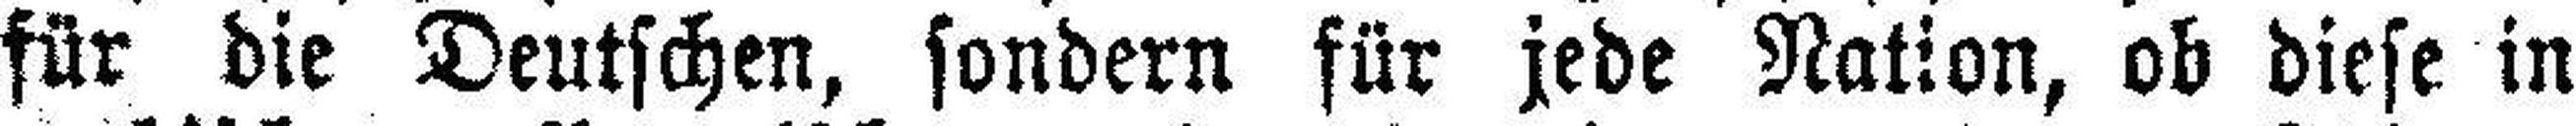
für die Deutschen, sondern für jede Nation, ob diese in